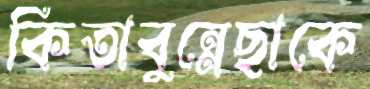
কিতাবুন্নেছাকে